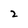
Character: 2